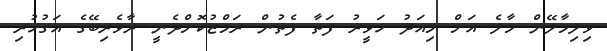
ވިލިމާލޭން މާލެ އަށް މިއަދު ހަވީރު ފަތާ ފެތުން ރަމްޒުކޮށްދެނީ ރާވެރިބޭގެ އަގުހުރި